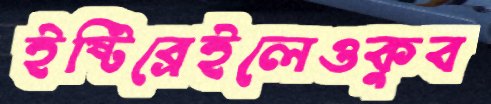
ইষ্টিব্রেইলেওকুব